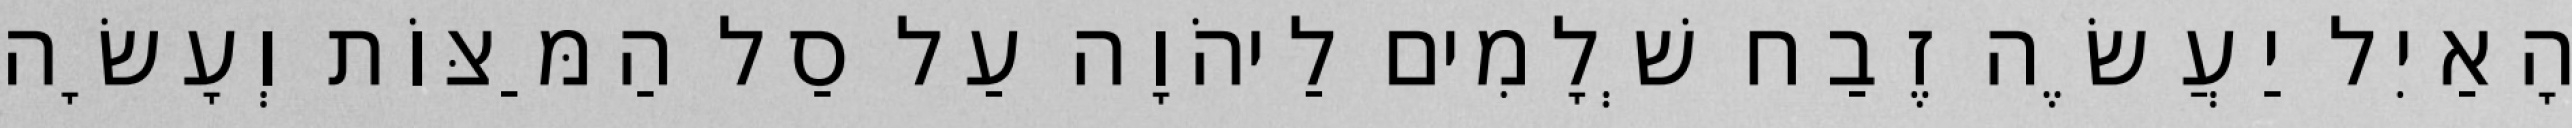
הָאַיִל יַעֲשֶׂה זֶבַח שְׁלָמִים לַיהֹוָה עַל סַל הַמַּצּוֹת וְעָשָׂה